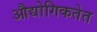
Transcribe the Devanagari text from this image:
औद्योगिकतेत